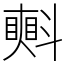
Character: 㪺